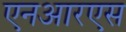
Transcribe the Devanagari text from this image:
एनआरएस